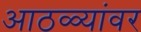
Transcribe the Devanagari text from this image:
आठळ्यांवर